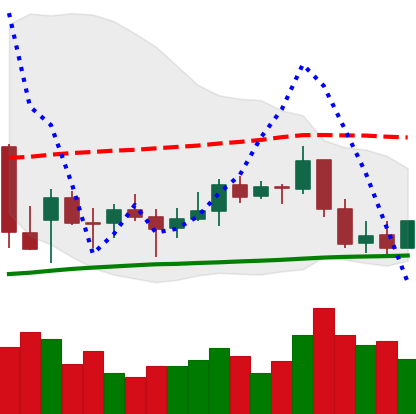
Ticker: BNB-USD
Chart end date: 2022-01-01
Forward return: -10.254%
Label: down_7plus